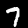
Digit: 7